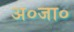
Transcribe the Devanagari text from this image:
अ०जा०